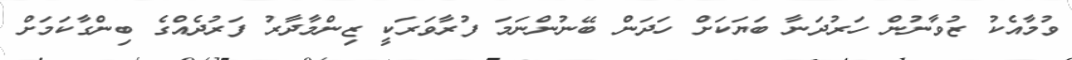
ވުމާއެކު ޒުވާނުން ހަރުދަނާ ބަޔަކަށް ހަދަން ބޭނުންނަމަ ފުރާވަރަކީ ޒިންމާދާރު ފަރުދެއްގެ ބިންގާކަމަށް